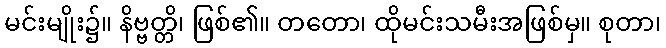
မင်းမျိုး၌။ နိဗ္ဗတ္တိ၊ ဖြစ်၏။ တတော၊ ထိုမင်းသမီးအဖြစ်မှ။ စုတာ၊